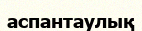
аспантаулық